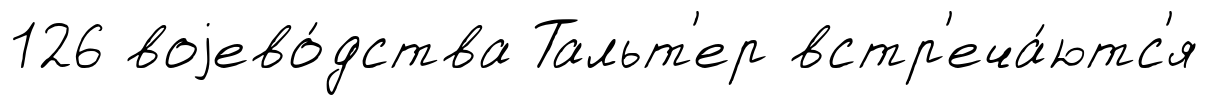
126 воjево́дства Тальт'ер встр'еча́ютс'я